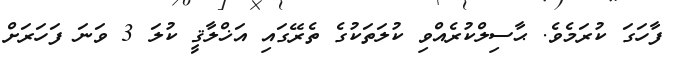
ފާހަގަ ކުރަމެވެ. ޙާސިލްކުރެއްވި ކުލަތަކުގެ ތެރޭގައި އަޚްލާޤީ ކުލަ 3 ވަނަ ފަހަރަށް